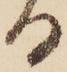
る